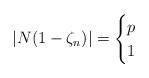
LaTeX: \begin{align*} |N(1 - \zeta_n)| = \begin{cases} p & \\ 1 & \end{cases}\end{align*}